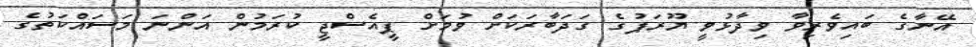
އޭނާގެ ބައިވެރިވާ ވިދާޅުވީ ޔޫރަޕުގެ ގަދަބާރަކަށް ވުމަށް ޕީއެސްޖީ ކުރަމުން އަންނަ މަސައްކަތުގެ